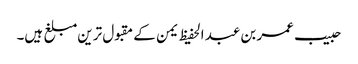
حبیب عمر بن عبد الحفیظ یمن کے مقبول ترین مبلغ ہیں۔